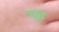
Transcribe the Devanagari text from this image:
चूड़